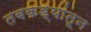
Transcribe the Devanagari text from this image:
तबकड्यांतून